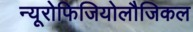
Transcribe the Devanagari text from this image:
न्यूरोफिजियोलौजिकल